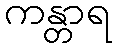
ကန္တာရ